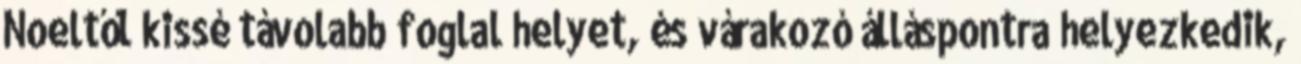
Noeltől kissé távolabb foglal helyet, és várakozó álláspontra helyezkedik,